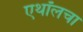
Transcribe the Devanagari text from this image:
एथॉलचा